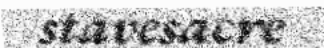
stavesacre